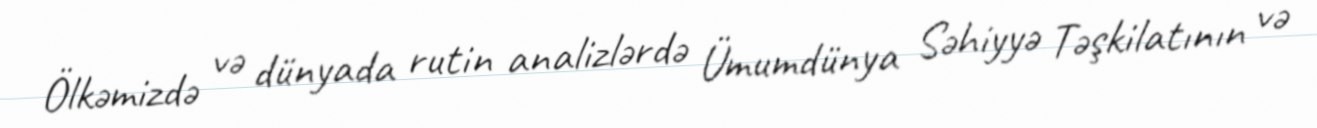
Ölkəmizdə və dünyada rutin analizlərdə Ümumdünya Səhiyyə Təşkilatının və